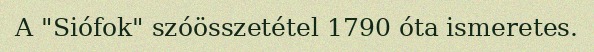
A "Siófok" szóösszetétel 1790 óta ismeretes.